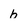
Character: b